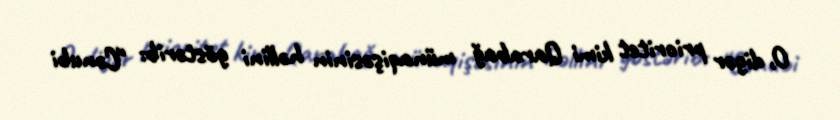
O, digər prioritet kimi Qarabağ münaqişəsinin həllini göstərib: “Cənubi